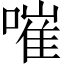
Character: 嗺